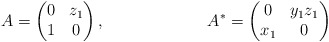
\begin{align*} A &= \begin{pmatrix} 0 & z_1 \\ 1 & 0 \end{pmatrix},& A^* &= \begin{pmatrix} 0 & y_1 z_1 \\ x_1 & 0 \end{pmatrix}\end{align*}